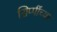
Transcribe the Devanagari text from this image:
सिप्पींच्या